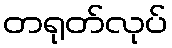
တရုတ်လုပ်